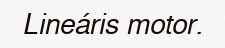
Lineáris motor.